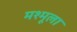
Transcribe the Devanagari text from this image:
मश्मूला